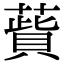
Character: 𦺱